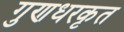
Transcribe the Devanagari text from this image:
गुणधरकृत